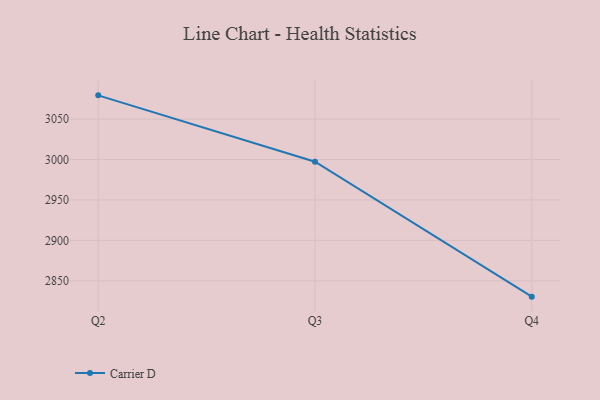
{"axis": {"x": "Quarter", "y": "Active Users"}, "legend": ["Carrier D"], "data": [{"x": "Q2", "y": 3079.4, "type": "Carrier D"}, {"x": "Q3", "y": 2997.3, "type": "Carrier D"}, {"x": "Q4", "y": 2830.4, "type": "Carrier D"}]}